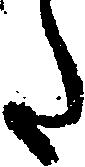
た